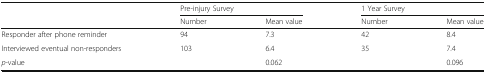
| <ROWSPAN=2>  | <COLSPAN=2> Pre-injury Survey | <COLSPAN=2> 1 Year Survey |
 | Number | Mean value | Number | Mean value |
 | --- | --- | --- | --- | --- |
 | Responder after phone reminder | 94 | 7.3 | 42 | 8.4 |
 | Interviewed eventual non-responders | 103 | 6.4 | 35 | 7.4 |
 | p-value |  | 0.062 |  | 0.096 |